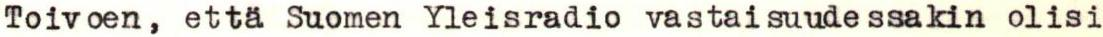
Toivoen, että Suomen Yleisradio vastaisuudessakin olisi